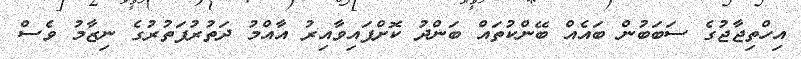
އިހްތިޖާޖުގެ ސަބަބުން ބައެއް ބޭންކުތައް ބަންދު ކޮށްފައިވާއިރު އާއްމު ދަތުރުފަތުރުގެ ނިޒާމު ވެސް